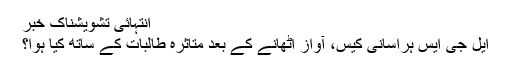
انتہائی تشویشناک خبر
ایل جی ایس ہراسانی کیس، آواز اٹھانے کے بعد متاثرہ طالبات کے ساتھ کیا ہوا؟